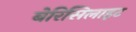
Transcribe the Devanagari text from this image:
बेरिसिलाइट